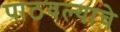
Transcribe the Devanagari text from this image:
पाठवल्याचे